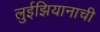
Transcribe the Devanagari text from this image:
लुईझियानाची